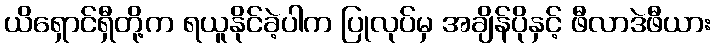
ယိရှောင်ရှီတို့က ရယူနိုင်ခဲ့ပါက ပြုလုပ်မှ အချိန်ပိုနှင့် ဖီလာဒဲဖီယား